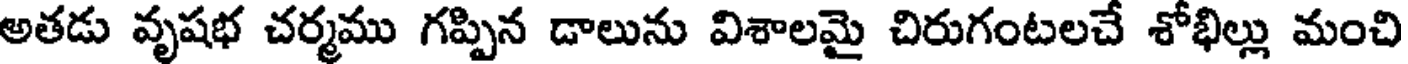
అతడు వృషభ చర్మము గప్పిన డాలును విశాలమై చిరుగంటలచే శోభిల్లు మంచి